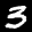
Label: 3